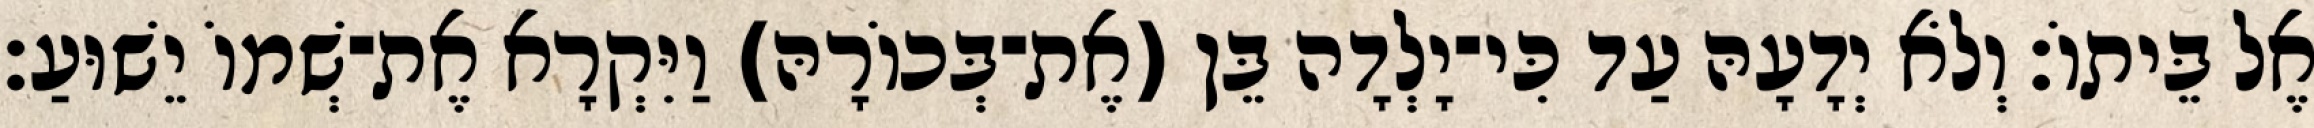
אֶל בֵּיתוֹ׃ וְלֹא יְדָעָהּ עַד כִּי־יָלְדָה בֵּן (אֶת־בְּכוֹרָהּ) וַיִּקְרָא אֶת־שְׁמוֹ יֵשׁוּעַ׃